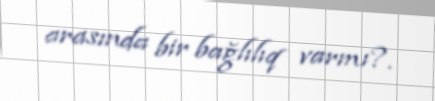
arasında bir bağlılıq varmı?.